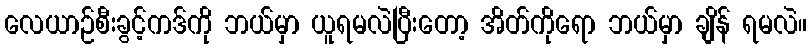
လေယာဉ်စီးခွင့်ကဒ်ကို ဘယ်မှာ ယူရမလဲပြီးတော့ အိတ်ကိုရော ဘယ်မှာ ချိန် ရမလဲ။